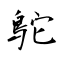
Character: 鴕